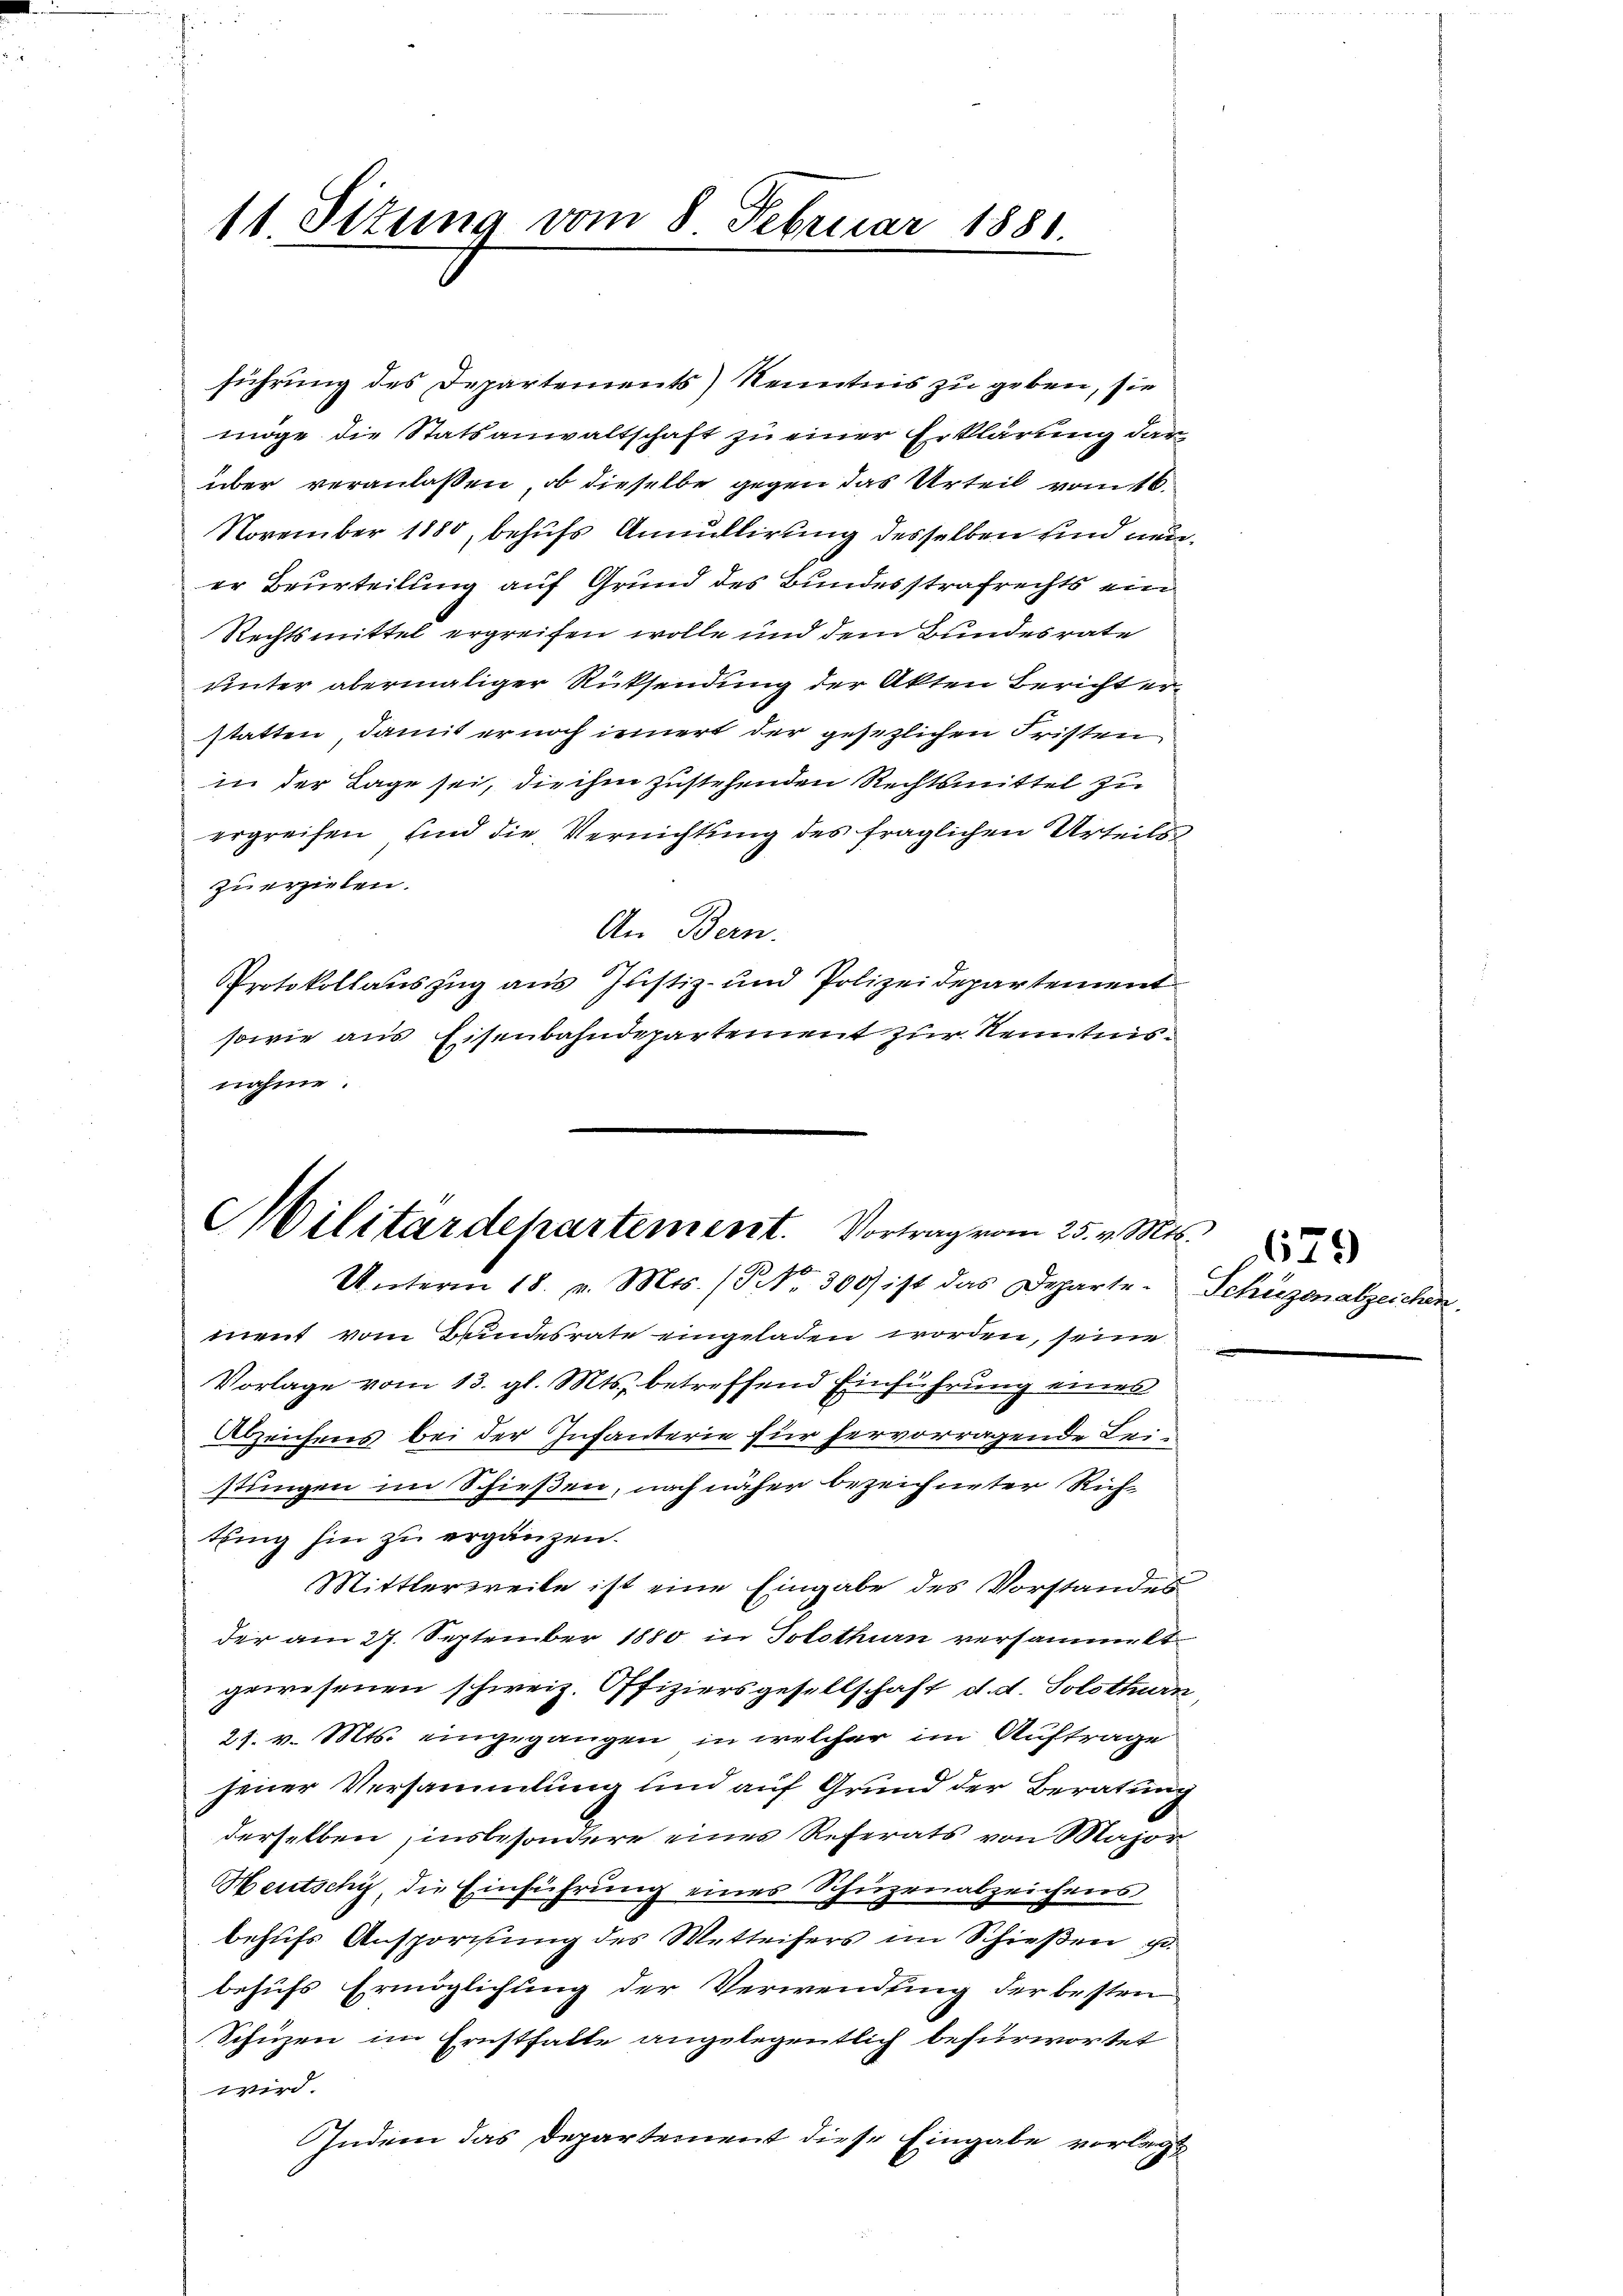
11 Sitzung vom 8. Februar 1881.

führung des Departements) Kenntnis zu geben, sie
möge die Statsanwaltschaft zu einer Erklärung dar
über veranlassen, ob dieselbe gegen das Urteil vom 16.
November 1880, behufs Annullirung desselben sind neuer Beurteilung auf Grund des Bundesstrafrechts ein
Rechtsmittel ergreifen wolle und dem Bundesrate
unter abermaliger Rücksendung der Akten Bericht erstatten, damit er noch innert der gesezlichen Fristen
in der Lage sei, die ihm zustehenden Rechtsmittel zu
ergreifen, und die Vernichtung des fraglichen Urteilszu erzielen.
An Bern.
Protokollauszug aus Justiz- und Polizeidepartement
sowie aus Eisenbahndepartement zur Kenntnisnahme.

Militärdepartement. Vortrag vom 25. v. M.
Unterm 18. v. Mts. (Nr. 300 ist das Departe. Schüzenabzeiche

ment vom Bundesrate eingeladen worden, seine
Vorlage vom 13. gl. Mts., betreffend Einführung eines
Abzeichens bei der Infanterie für hervorragende Bestungen im Schießen, noch näher bezeichneter Rich-
tling hin zu ergänzen.
Mittlerweile ist eine Eingabe des Vorstandes
der am 27. September 1880 in Solothurn versammelt
gewesenen schweiz. Offiziersgesellschaft d. d. Solothurn
21. v. Mts. eingegangen, in welcher im Auftrage
jener Versammlung und auf Grund der Beratung
derselben, insbesondere eines Referats von Major
Heutschy, die Einführung eines Schuzrnabzeichens
behufs Ansporistung des Wetteifers im Schießen ge-
behufs Ermöglichung der Verwendung der besten
Schüzen im Ernstfalle angelegentlich befürwortet
wird.
Indem das Departement diese Eingabe vorlegt

.
679